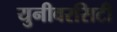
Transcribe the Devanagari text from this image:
युनीवरसिटी